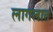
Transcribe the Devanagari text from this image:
लागलात